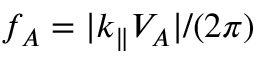
f _ { A } = | k _ { \parallel } V _ { A } | / ( 2 \pi )